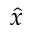
\hat { x }